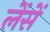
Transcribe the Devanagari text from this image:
लेंसें